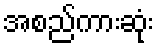
အစည်ကားဆုံး